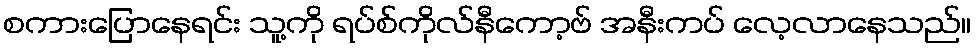
စကားပြောနေရင်း သူ့ကို ရပ်စ်ကိုလ်နီကော့ဗ် အနီးကပ် လေ့လာနေသည်။